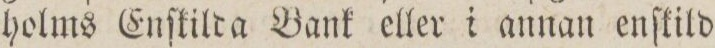
holms Enſkilda Bank eller i annan enſkild